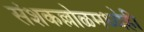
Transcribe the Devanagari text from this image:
संशकल्लोळमध्येही